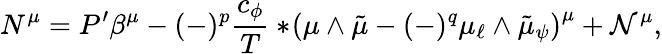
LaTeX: N^{\mu}=P^{\prime}\beta^{\mu}-(-)^{p}\frac{c_{\phi}}{T}*\! \left(\mu\wedge\tilde{\mu}-(-)^{q}\mu_{\ell}\wedge\tilde{\mu}_{\psi}\right)^{\mu}+{\cal N}^{\mu},